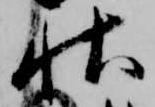
秋